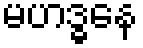
မဟဒ္ဓနေ